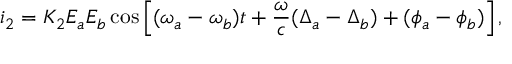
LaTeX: i _ { 2 } = K _ { 2 } E _ { a } E _ { b } \cos \left[ ( \omega _ { a } - \omega _ { b } ) t + \frac { \omega } { c } ( \Delta _ { a } - \Delta _ { b } ) + ( \phi _ { a } - \phi _ { b } ) \right] ,